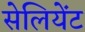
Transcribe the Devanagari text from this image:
सेलियेंट